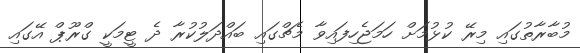
މުބާރާތުގައި މިރޭ ކުޅުމަށް ހަމަޖެހިފައިވާ މެޗްގައި ބައްދަލުކުރާ ދެ ޓީމަކީ ގްރޫޕް އޭގައި